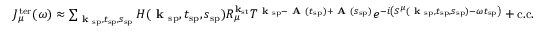
\begin{array} { r } { J _ { \mu } ^ { \mathrm { t e r } } ( \omega ) \approx \sum _ { \textbf { k } _ { \mathrm { s p } } , t _ { \mathrm { s p } } , s _ { \mathrm { s p } } } H ( \textbf { k } _ { \mathrm { s p } } , t _ { \mathrm { s p } } , s _ { \mathrm { s p } } ) R _ { \mu } ^ { \mathbf { k } _ { \mathrm { s t } } } T ^ { \textbf { k } _ { \mathrm { s p } } - \textbf { A } ( t _ { \mathrm { s p } } ) + \textbf { A } ( s _ { \mathrm { s p } } ) } e ^ { - i \left( S ^ { \mu } ( \textbf { k } _ { \mathrm { s p } } , t _ { \mathrm { s p } } , s _ { \mathrm { s p } } ) - \omega t _ { \mathrm { s p } } \right) } + \mathrm { c . c . } } \end{array}